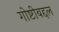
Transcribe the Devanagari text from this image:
गोष्टीबद्दल